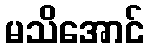
မသိအောင်